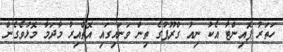
ހަތަރު ޕޮއިންޓާ އެކު ނިއު ގްރޫޕުގެ ތިން ވަނައިގައި އޮތްއިރު މާދަމާ މޮޅުވެގެން